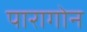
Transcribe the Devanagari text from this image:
पारागोन